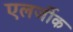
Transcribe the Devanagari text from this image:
एलर्जीक